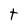
Character: t